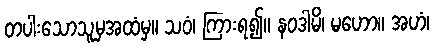
တပါးသောသူမှအထံမှ။ သဝံ၊ ကြားရ၍။ နဝဒါမိ၊ မဟော။ အဟံ၊